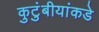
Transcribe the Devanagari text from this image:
कुटुंबीयांकडे